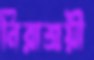
নিরাশ্রয়ী